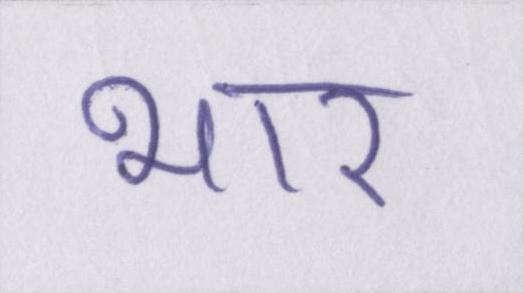
भार